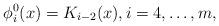
LaTeX: \begin{align*} \phi^0_i(x) = K_{i-2}(x),i=4,\dots,m, \end{align*}